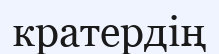
кратердің